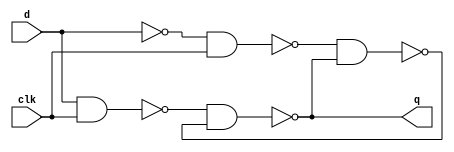
module dlatch (input d, clk, output q);
    wire i,j,dbar,qbar;
    nand (i,d,clk);
    not (dbar,d);
    nand (j,dbar,clk);
    nand (q,i,qbar);
    nand (qbar,j,q);
endmodule